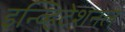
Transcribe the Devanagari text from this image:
इन्व्हिटेशनल